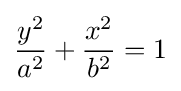
{\frac {y^{2}}{a^{2}}}+{\frac {x^{2}}{b^{2}}}=1